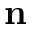
\mathbf { n }